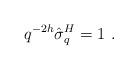
LaTeX: \begin{align*}q^{-2h}\hat{\sigma}_{q}^{H}=1\,\,. \end{align*}